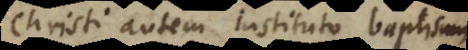
Christi autem instituto baptismus